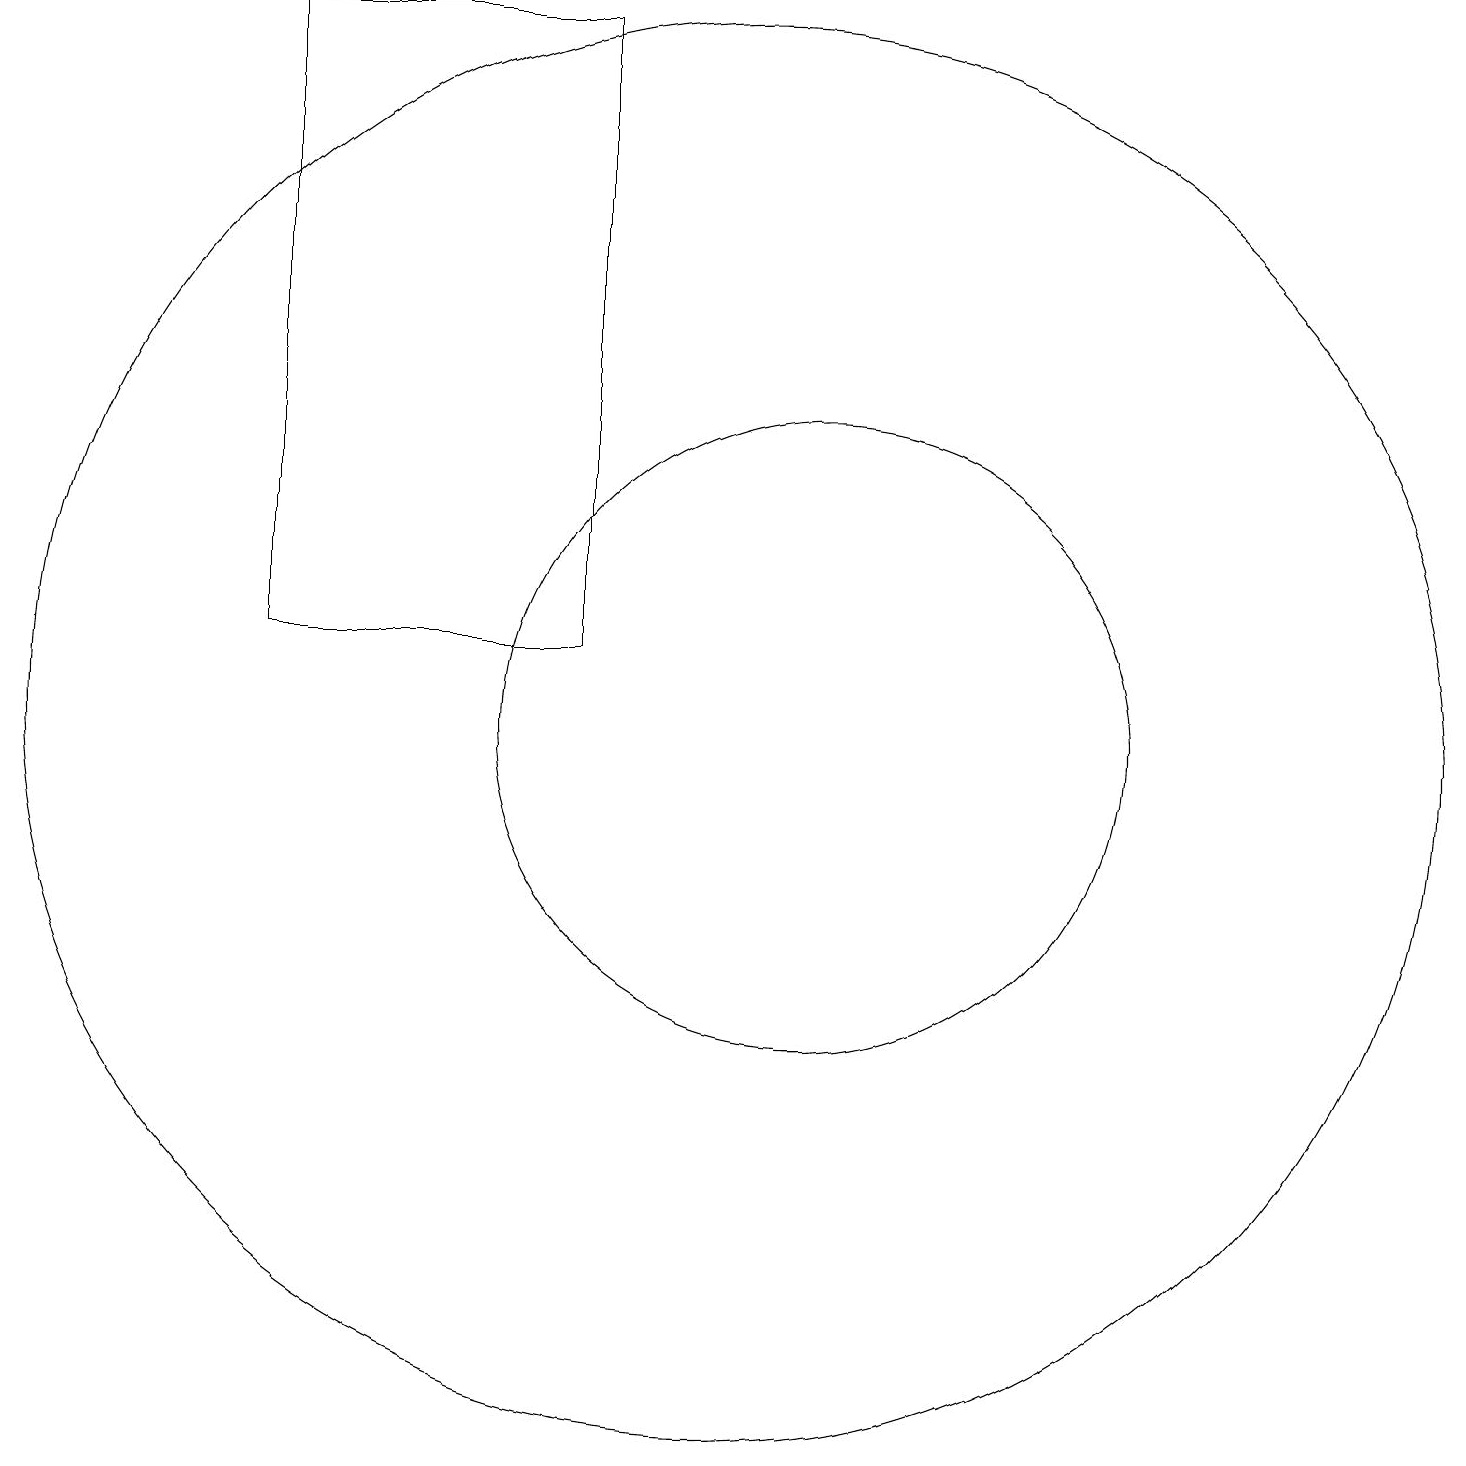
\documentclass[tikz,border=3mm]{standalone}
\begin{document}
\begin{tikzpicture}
\draw (10,10) circle (9);
\draw (11,10) circle (4);
\draw (8,11) rectangle (4,19);
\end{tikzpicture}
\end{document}